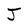
Character: J